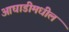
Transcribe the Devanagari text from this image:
आघाडीमधील